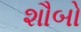
શૌબો